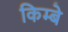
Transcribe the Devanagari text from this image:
किम्बे